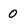
Character: 0